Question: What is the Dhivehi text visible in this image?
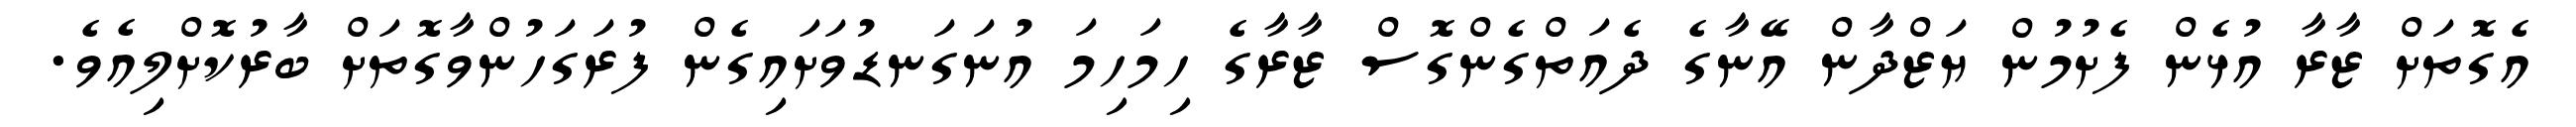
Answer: އެގޮތަށް ޒާރާ އުޅެން ފެށުމުން ޔަޒްދާން އޭނާގެ ދެއަތްގެންގޮސް ޒާރާގެ ހިމަހިމަ އުނަގަނޑުވަށައިގެން ފުރަގަހުންވާގޮތަށް ބާރުކޮށްލިއެވެ.